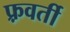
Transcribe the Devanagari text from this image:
फ़्रवर्ती